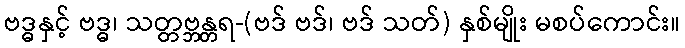
ဗဒ္ဓနှင့် ဗဒ္ဓ၊ သတ္တဗ္ဘန္တရ-(ဗဒ် ဗဒ်၊ ဗဒ် သတ်) နှစ်မျိုး မစပ်ကောင်း။